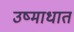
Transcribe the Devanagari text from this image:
उष्माधात